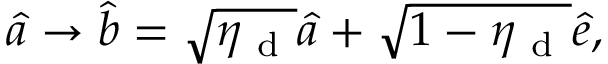
\hat { a } \rightarrow \hat { b } = \sqrt { \eta _ { \mathrm { ~ d ~ } } } \hat { a } + \sqrt { 1 - \eta _ { \mathrm { ~ d ~ } } } \hat { e } ,